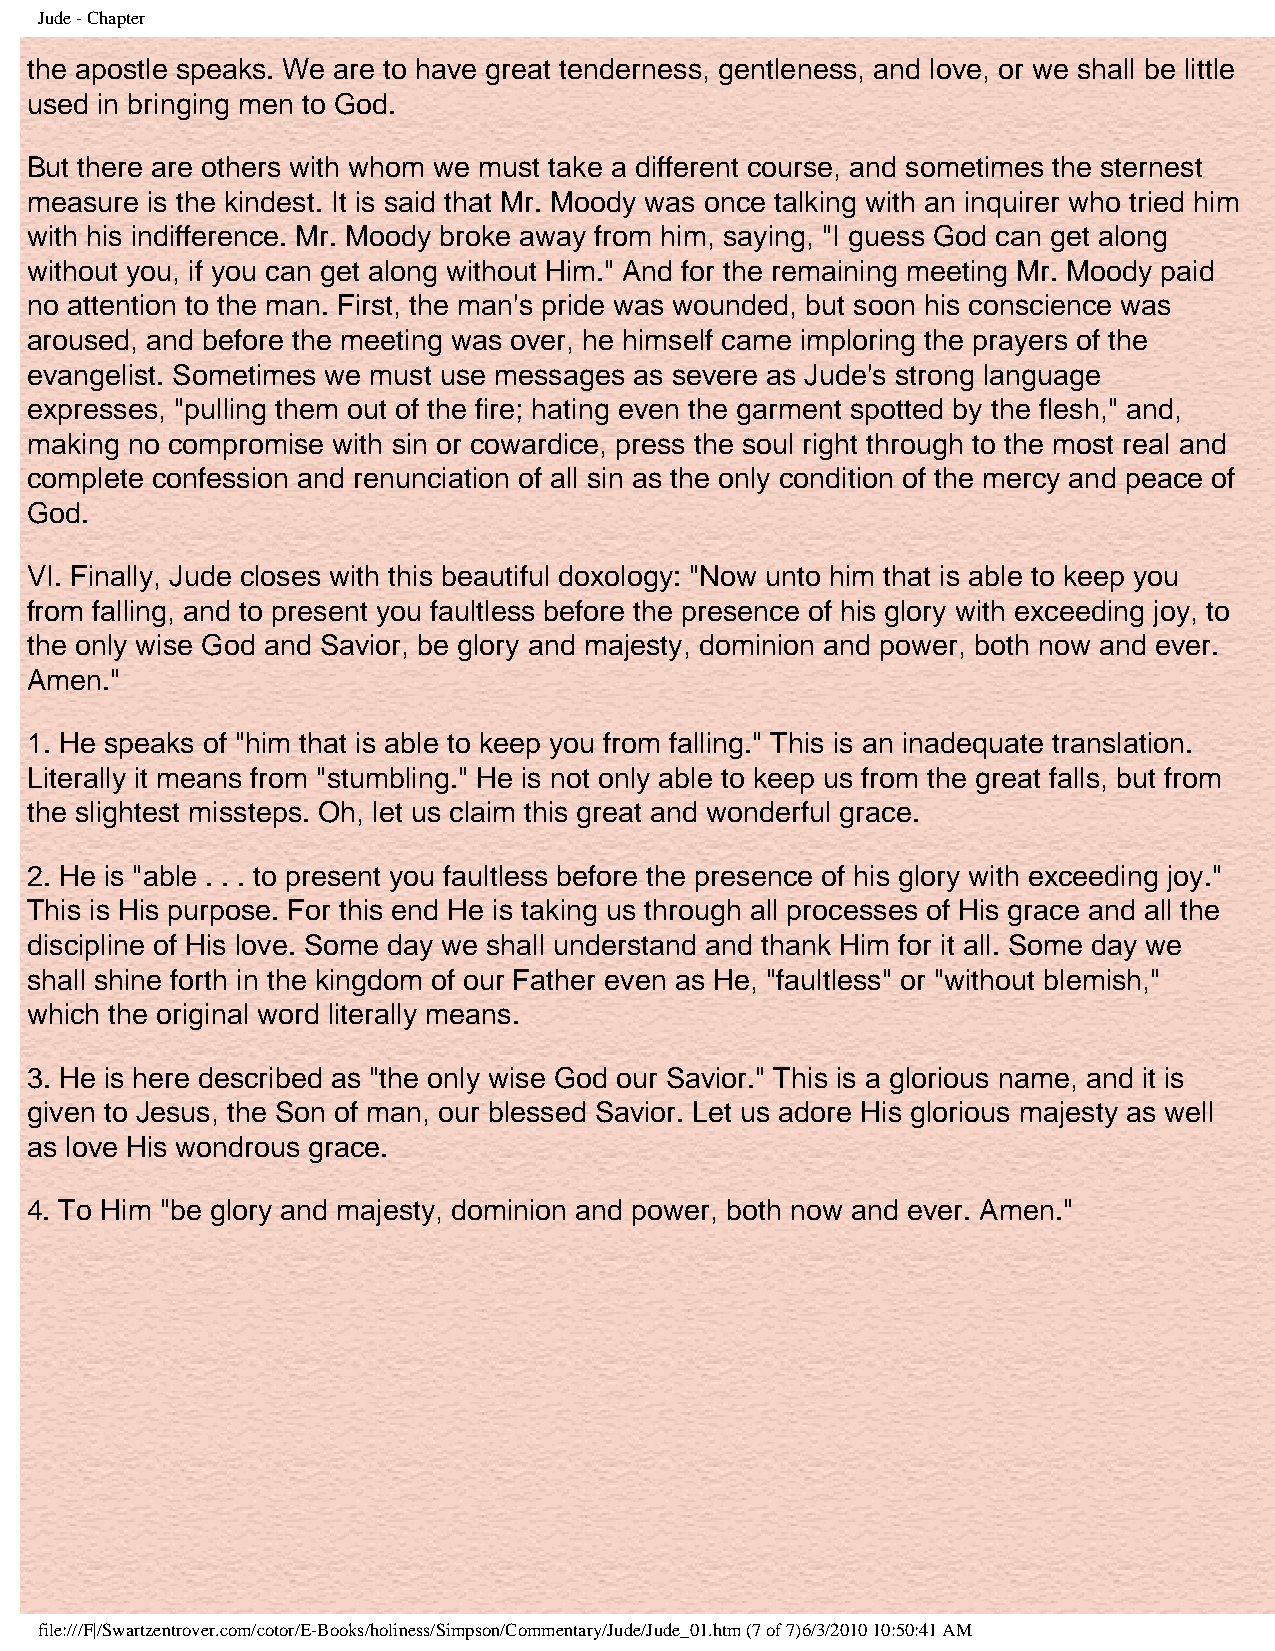
Jude - Chapter
 the apostle speaks. We are to have great tenderness, gentleness, and love, or we shall be little
 used in bringing men to God.
 But there are others with whom we must take a different course, and sometimes the sternest
 measure is the kindest. It is said that Mr. Moody was once talking with an inquirer who tried him
 with his indifference. Mr. Moody broke away from him, saying, "I guess God can get along
 without you, if you can get along without Him." And for the remaining meeting Mr. Moody paid
 no attention to the man. First, the man's pride was wounded, but soon his conscience was
 aroused, and before the meeting was over, he himself came imploring the prayers of the
 evangelist. Sometimes we must use messages as severe as Jude's strong language
 expresses, "pulling them out of the fire; hating even the garment spotted by the flesh," and,
 making no compromise with sin or cowardice, press the soul right through to the most real and
 complete confession and renunciation of all sin as the only condition of the mercy and peace of
 God.
 VI. Finally, Jude closes with this beautiful doxology: "Now unto him that is able to keep you
 from falling, and to present you faultless before the presence of his glory with exceeding joy, to
 the only wise God and Savior, be glory and majesty, dominion and power, both now and ever.
 Amen."
 1. He speaks of "him that is able to keep you from falling." This is an inadequate translation.
 Literally it means from "stumbling." He is not only able to keep us from the great falls, but from
 the slightest missteps. Oh, let us claim this great and wonderful grace.
 2. He is "able . . . to present you faultless before the presence of his glory with exceeding joy."
 This is His purpose. For this end He is taking us through all processes of His grace and all the
 discipline of His love. Some day we shall understand and thank Him for it all. Some day we
 shall shine forth in the kingdom of our Father even as He, "faultless" or "without blemish,"
 which the original word literally means.
 3. He is here described as "the only wise God our Savior." This is a glorious name, and it is
 given to Jesus, the Son of man, our blessed Savior. Let us adore His glorious majesty as well
 as love His wondrous grace.
 4. To Him "be glory and majesty, dominion and power, both now and ever. Amen."
 file:///F|/Swartzentrover.com/cotor/E-Books/holiness/Simpson/Commentary/Jude/Jude_01.htm (7 of 7)6/3/2010 10:50:41 AM